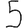
Digit: 5